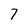
Character: 7